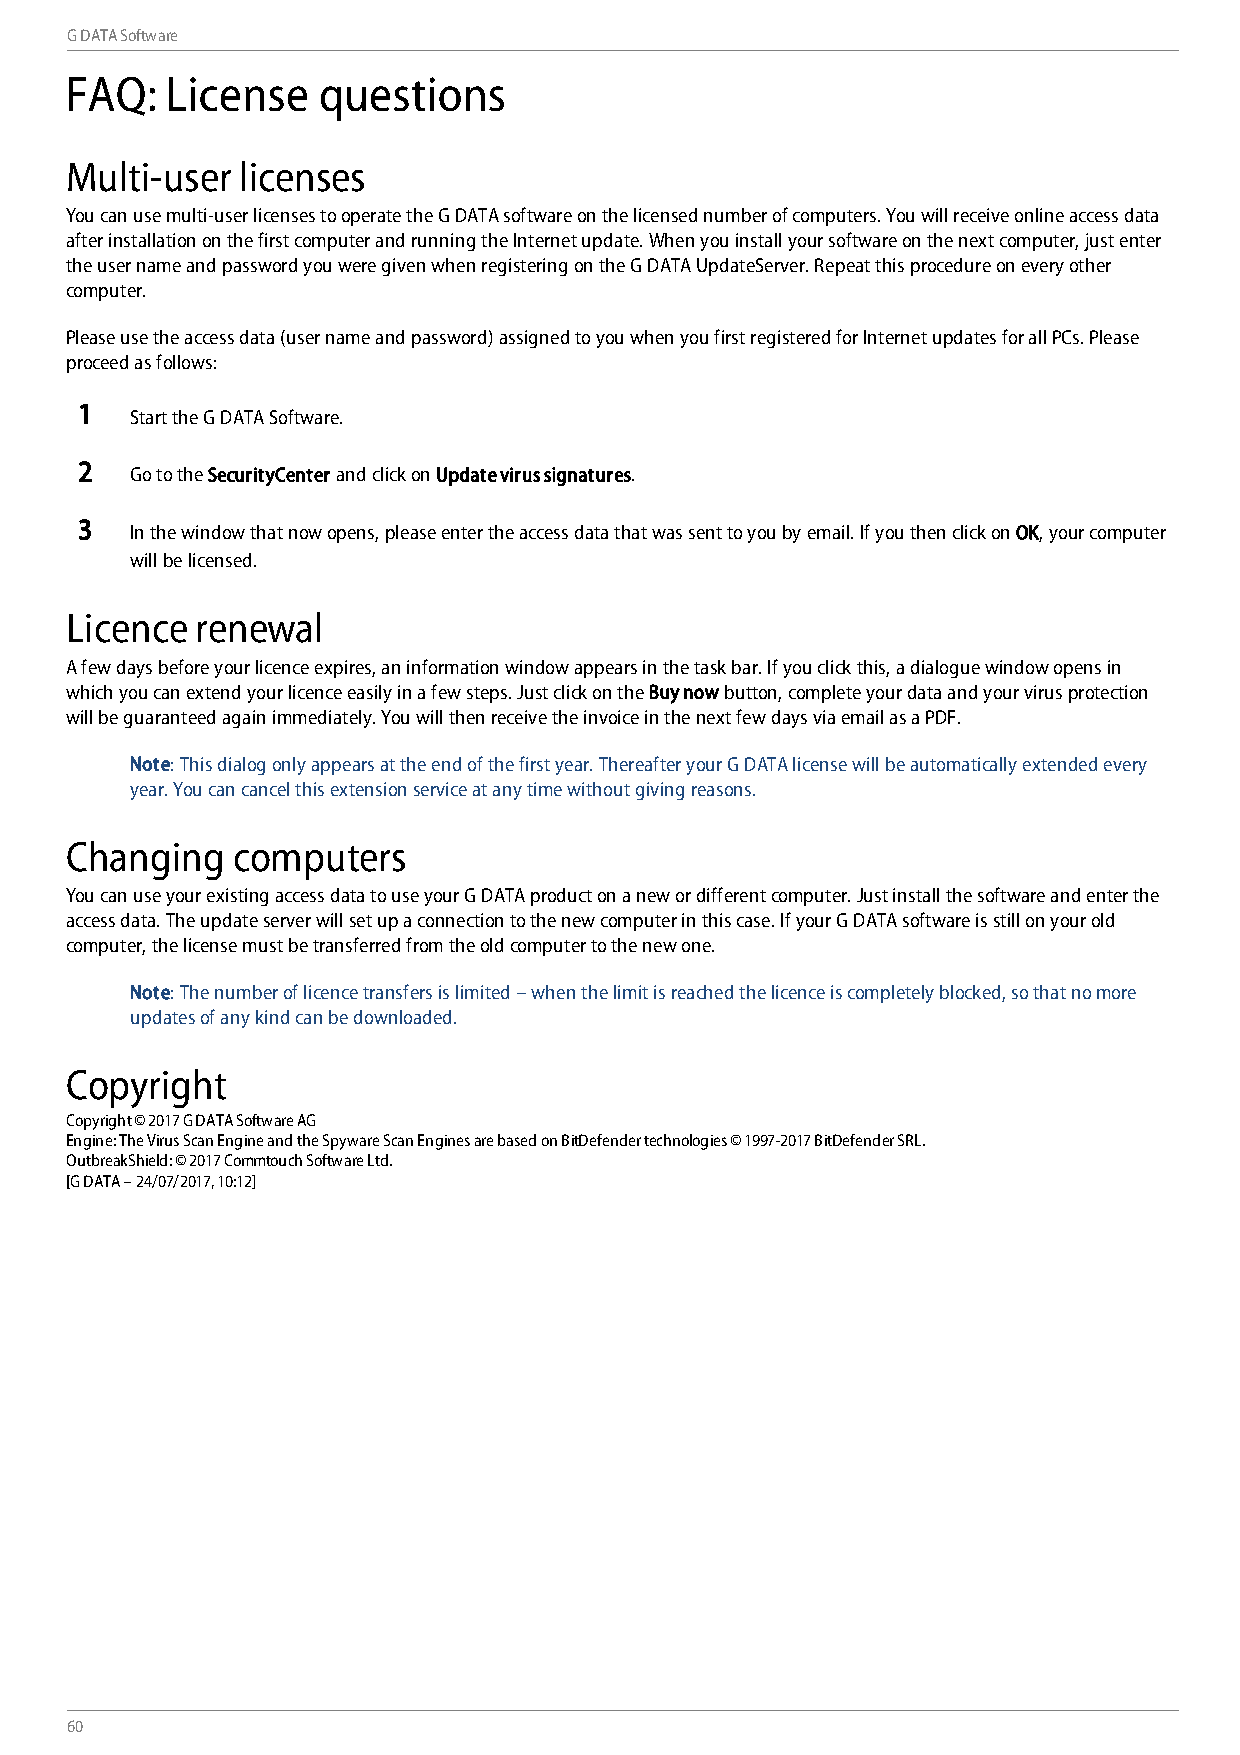
G DATA Software
 FAQ:   License   questions
 Multi-user  licenses
 You can use multi-user licenses to operate the G DATA software on the licensed number of computers. You will receive online access data
 after installation on the first computer and running the Internet update. When you install your software on the next computer, just enter
 the user name and password you were given when registering on the G DATA UpdateServer. Repeat this procedure on every other
 computer.
 Please use the access data (user name and password) assigned to you when you first registered for Internet updates for all PCs. Please
 proceed as follows:
 1
 Start the G DATA Software.
 2
 Go to the SecurityCenter and click on Update virus signatures.
 3
 In the window that now opens, please enter the access data that was sent to you by email. If you then click on OK, your computer
 will be licensed.
 Licence  renewal
 A few days before your licence expires, an information window appears in the task bar. If you click this, a dialogue window opens in
 which you can extend your licence easily in a few steps. Just click on the Buy now button, complete your data and your virus protection
 will be guaranteed again immediately. You will then receive the invoice in the next few days via email as a PDF.
 Note: This dialog only appears at the end of the first year. Thereafter your G DATA license will be automatically extended every
 year. You can cancel this extension service at any time without giving reasons.
 Changing   computers
 You can use your existing access data to use your G DATA product on a new or different computer. Just install the software and enter the
 access data. The update server will set up a connection to the new computer in this case. If your G DATA software is still on your old
 computer, the license must be transferred from the old computer to the new one.
 Note: The number of licence transfers is limited – when the limit is reached the licence is completely blocked, so that no more
 updates of any kind can be downloaded.
 Copyright
 Copyright © 2017 G DATA Software AG
 Engine: The Virus Scan Engine and the Spyware Scan Engines are based on BitDefender technologies © 1997-2017 BitDefender SRL.
 OutbreakShield: © 2017 Commtouch Software Ltd.
 [G DATA – 24/07/2017, 10:12]
 60